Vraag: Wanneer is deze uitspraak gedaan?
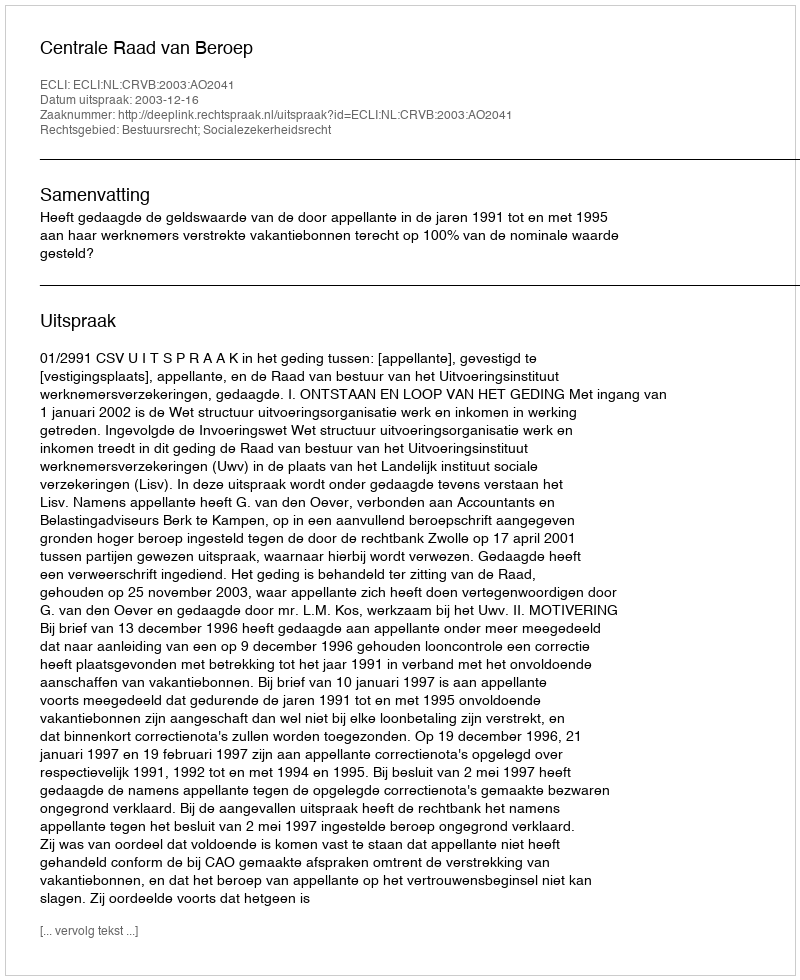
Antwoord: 2003-12-16